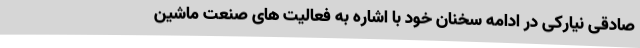
صادقی نیارکی در ادامه سخنان خود با اشاره به فعالیت های صنعت ماشین